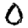
Digit: 0